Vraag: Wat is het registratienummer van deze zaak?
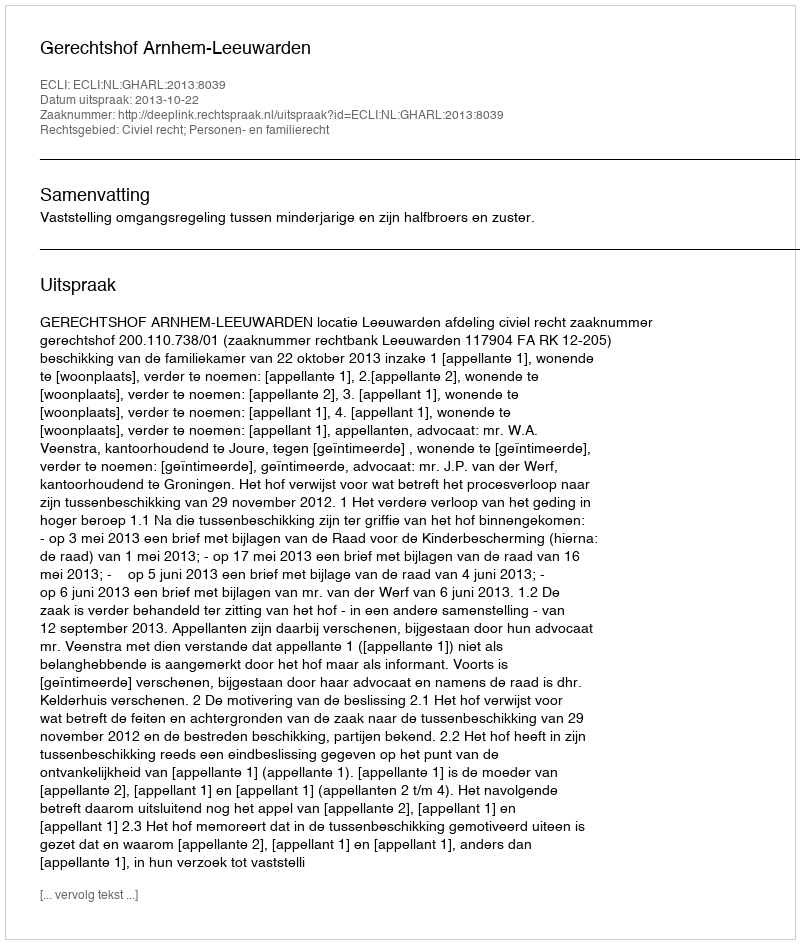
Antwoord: http://deeplink.rechtspraak.nl/uitspraak?id=ECLI:NL:GHARL:2013:8039